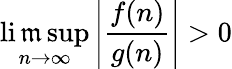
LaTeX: \operatorname*{li\mathfrak{m}sup}_{n\to\infty}\left|{\frac{{f(n)}}{{g(n)}}}\right|>0